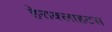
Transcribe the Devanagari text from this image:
हेराक्लाहटस